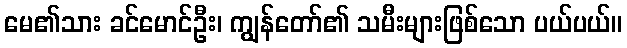
မေ၏သား ခင်မောင်ဦး၊ ကျွန်တော်၏ သမီးများဖြစ်သော ပယ်ပယ်။